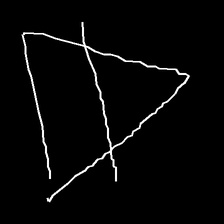
Glyph: empower